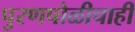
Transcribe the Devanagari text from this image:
पुरणपोळीचाही